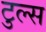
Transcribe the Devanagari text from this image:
टुल्स